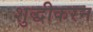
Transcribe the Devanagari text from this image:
शुद्धीकरन